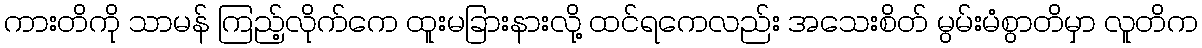
ကားတိကို သာမန် ကြည့်လိုက်ကေ ထူးမခြားနားလို့ ထင်ရကေလည်း အသေးစိတ် မွမ်းမံစွာတိမှာ လူတိက